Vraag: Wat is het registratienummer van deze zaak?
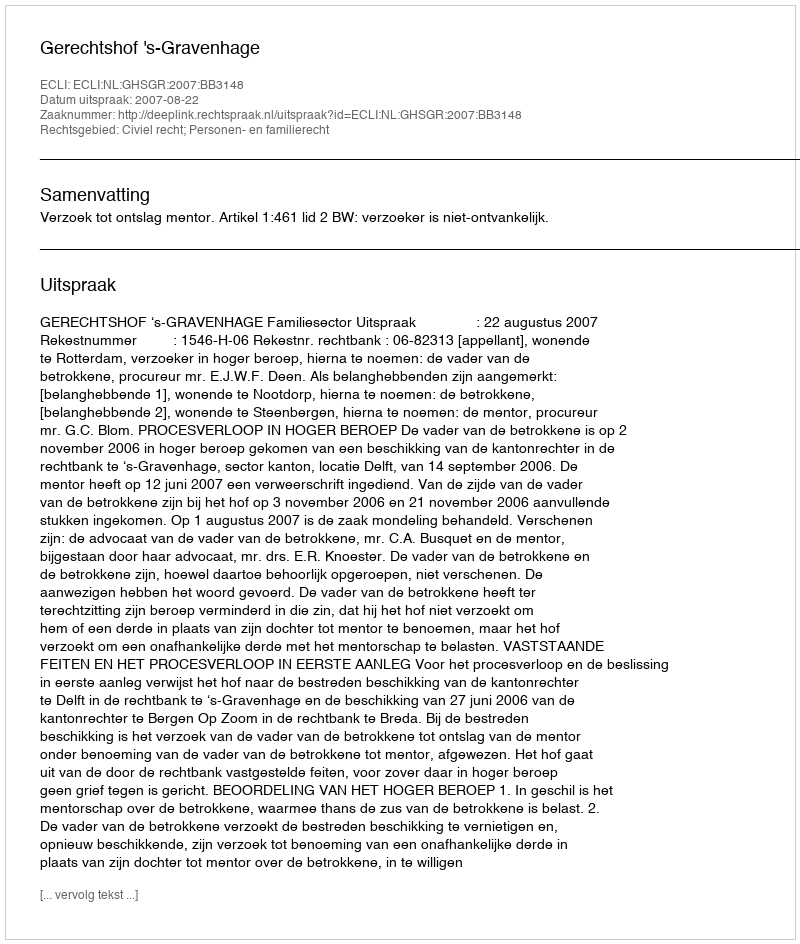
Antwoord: http://deeplink.rechtspraak.nl/uitspraak?id=ECLI:NL:GHSGR:2007:BB3148